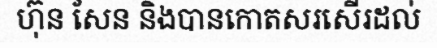
ហ៊ុន សែន និងបានកោតសរសើរដល់